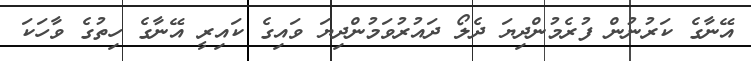
އޭނާގެ ކަރުނުން ފުރެމުންދިޔަ ދެލޯ ދައުރުވަމުންދިޔަ ވައިގެ ކައިރީ އޭނާގެ ހިތުގެ ވާހަކަ